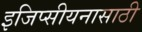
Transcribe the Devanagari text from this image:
इजिप्सीयनासाठी